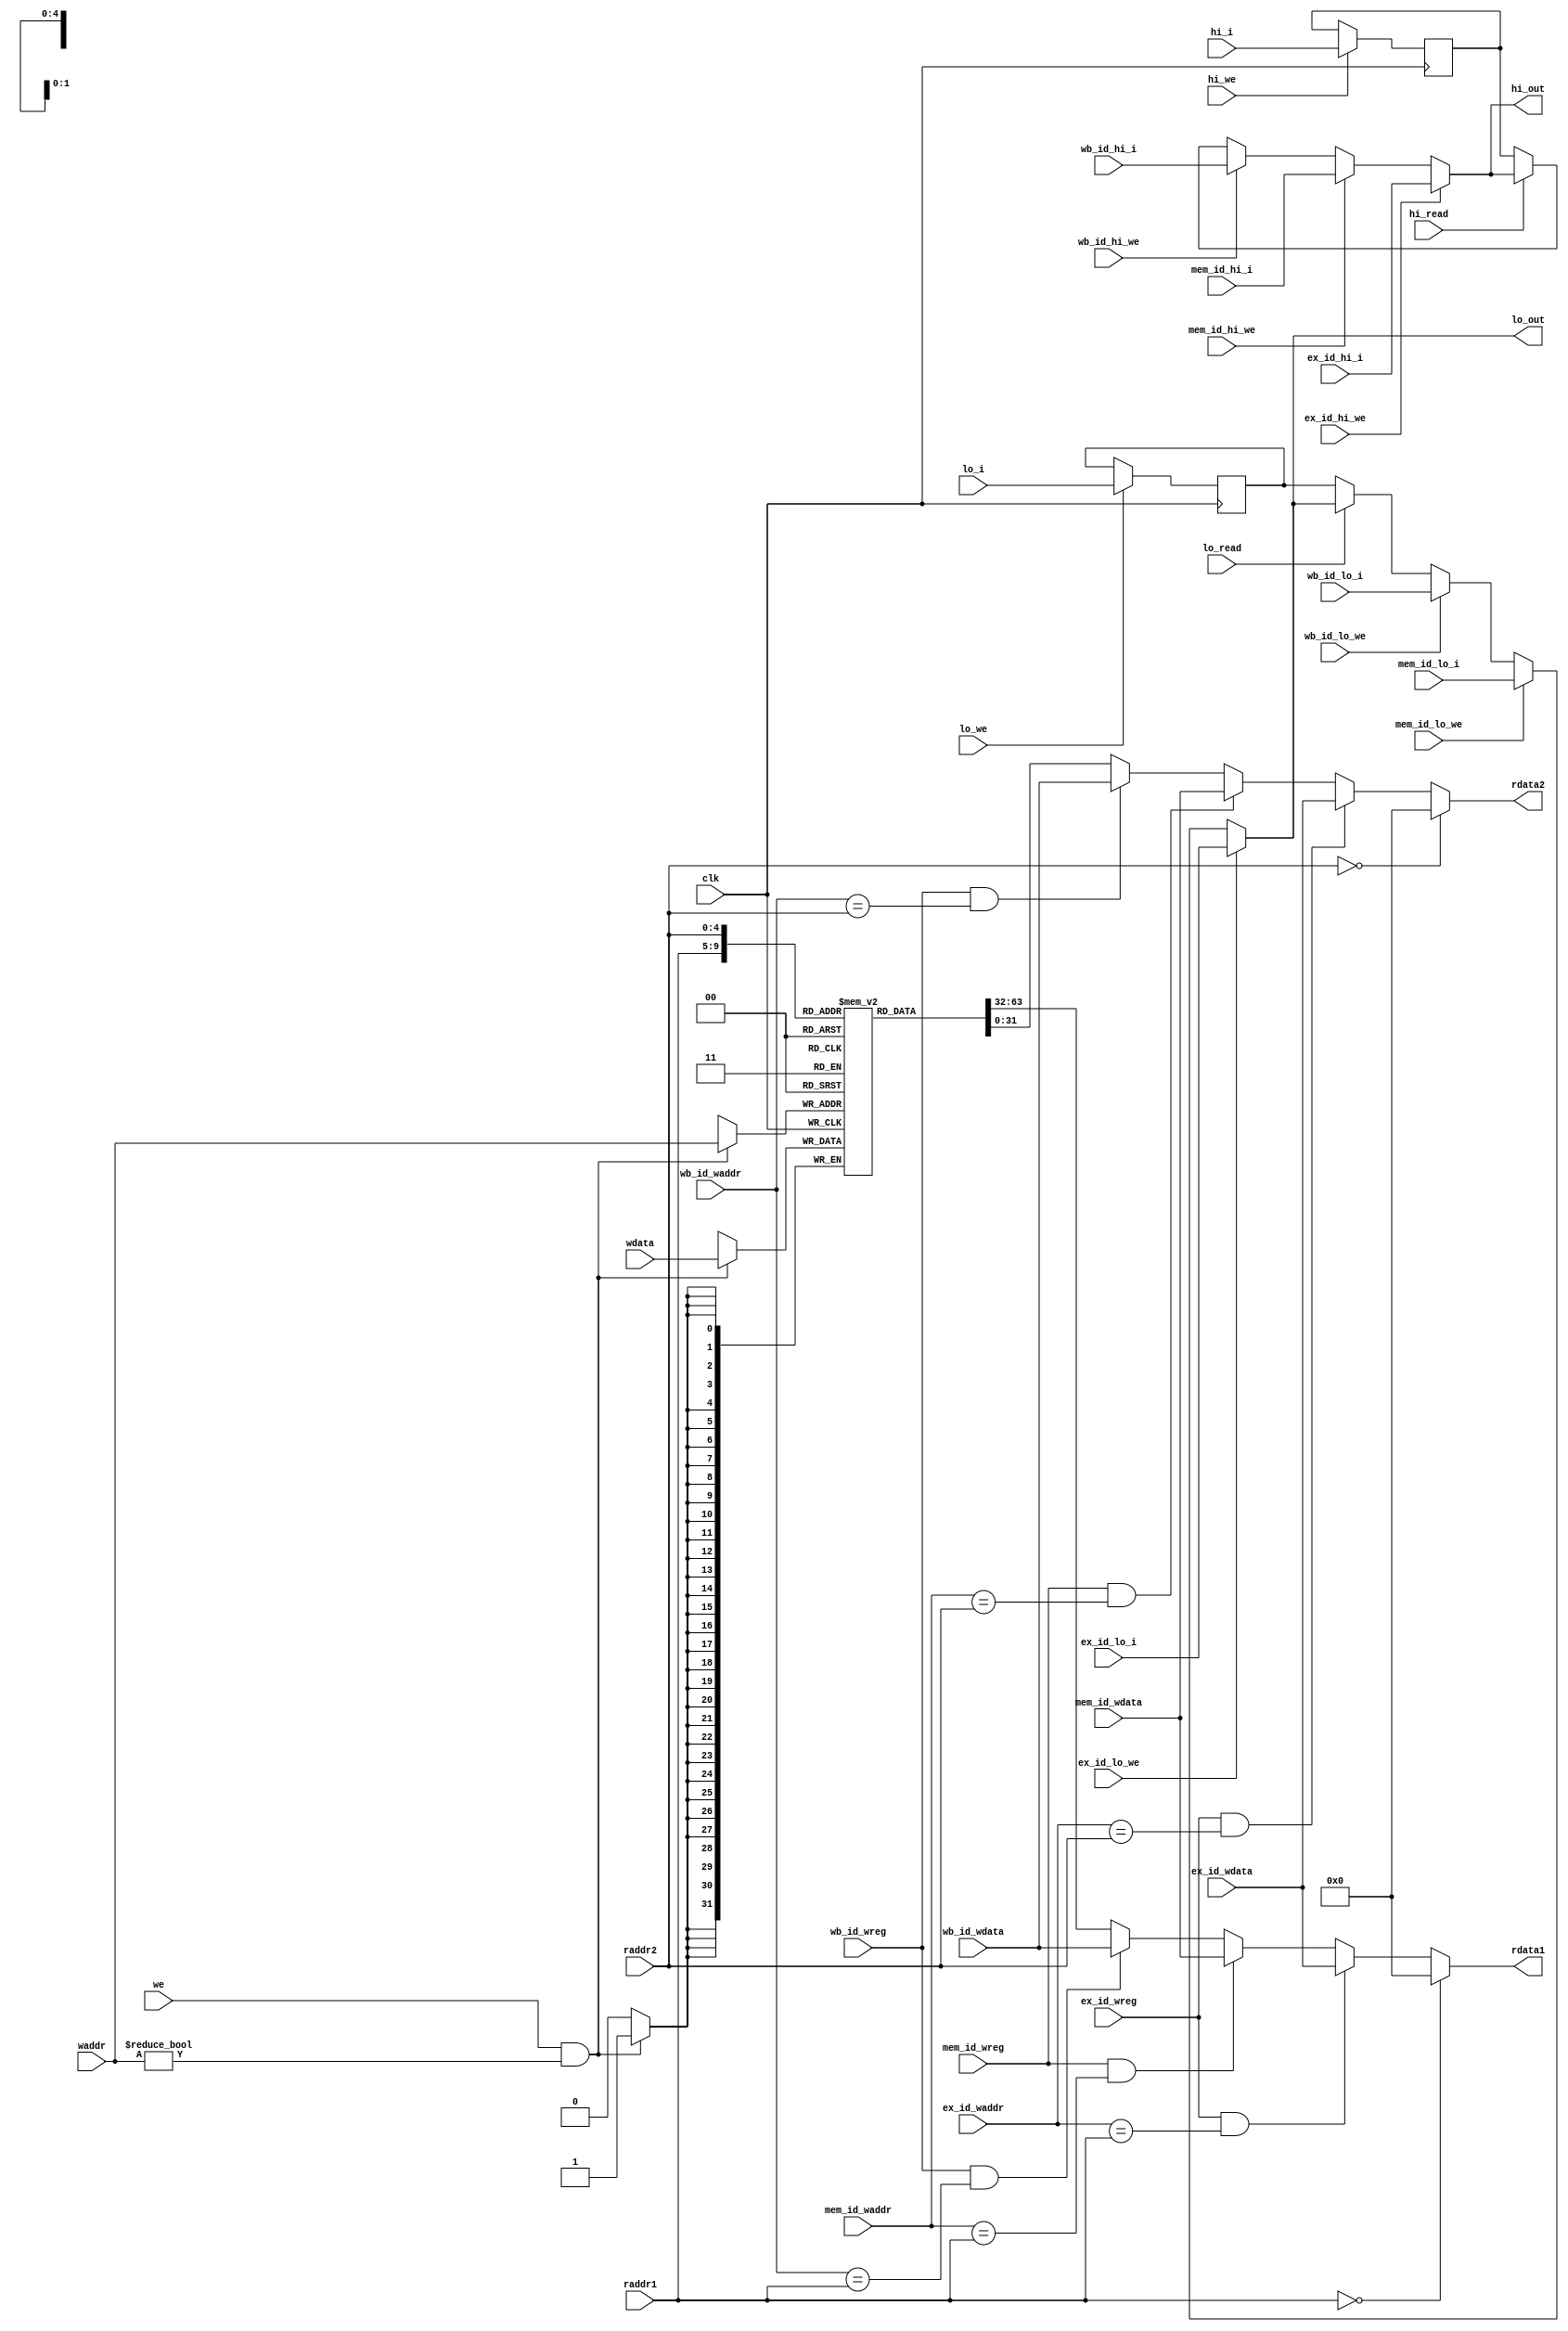
module regfile(
    input wire clk,
    input wire [4:0] raddr1,
    output wire [31:0] rdata1,
    input wire [4:0] raddr2,
    output wire [31:0] rdata2,
    
    input wire we,
    input wire [4:0] waddr,
    input wire [31:0] wdata,
    //
    input wire ex_id_wreg,
    input wire [4:0] ex_id_waddr,
    input wire [31:0] ex_id_wdata,
    
    input wire mem_id_wreg,
    input wire [4:0] mem_id_waddr,
    input wire [31:0] mem_id_wdata,
    
    input wire wb_id_wreg,
    input wire [4:0] wb_id_waddr,
    input wire [31:0] wb_id_wdata,
    
    //LL 
    input wire ex_id_hi_we,           
    input wire ex_id_lo_we,           
    input wire [31:0] ex_id_hi_i,                
    input wire [31:0] ex_id_lo_i,
    input wire mem_id_hi_we,           
    input wire mem_id_lo_we,           
    input wire [31:0] mem_id_hi_i,                
    input wire [31:0] mem_id_lo_i,
    input wire wb_id_hi_we,           
    input wire wb_id_lo_we,           
    input wire [31:0] wb_id_hi_i,                
    input wire [31:0] wb_id_lo_i,
    
     //LL
    input wire hi_we,
    input wire lo_we,
    input wire hi_read,
    input wire lo_read,
    input wire [31:0] hi_i,
    input wire [31:0] lo_i,
    output wire [31:0] hi_out,
    output wire [31:0] lo_out
);
    reg [31:0] reg_array [31:0];//32λĴ
    reg [31:0] reg_hi;//hiĴ  (LL)
    reg [31:0] reg_lo;//loĴ  (LL)
    
    // write
    always @ (posedge clk) begin
        if (we && waddr!=5'b0) begin
            reg_array[waddr] <= wdata;
        end
    end
    
    //LL write
    always @ (posedge clk) begin
        if (hi_we) begin
            reg_hi <= hi_i;
        end  
        if(lo_we) begin
            reg_lo <= lo_i;
        end
    end

    // read out 1
    assign rdata1 = (raddr1 == 5'b0) ? 32'b0 : 
                    ((ex_id_wreg==1'b1)&&(ex_id_waddr==raddr1))?ex_id_wdata:
                    ((mem_id_wreg==1'b1)&&(mem_id_waddr==raddr1))?mem_id_wdata:
                    ((wb_id_wreg==1'b1)&&(wb_id_waddr==raddr1))?wb_id_wdata:reg_array[raddr1];

    // read out2
    assign rdata2 = (raddr2 == 5'b0) ? 32'b0 : 
                    ((ex_id_wreg==1'b1)&&(ex_id_waddr==raddr2))?ex_id_wdata:
                    ((mem_id_wreg==1'b1)&&(mem_id_waddr==raddr2))?mem_id_wdata:
                    ((wb_id_wreg==1'b1)&&(wb_id_waddr==raddr2))?wb_id_wdata:reg_array[raddr2];
     
    //LL read hi_out
    assign hi_out = (ex_id_hi_we) ? ex_id_hi_i:
                    (mem_id_hi_we)? mem_id_hi_i:
                    (wb_id_hi_we) ? wb_id_hi_i:
                    (hi_read) ? hi_out:
                    reg_hi; 
                    
    //LL read lo_out          
    assign lo_out = (ex_id_lo_we) ? ex_id_lo_i:
                    (mem_id_lo_we)? mem_id_lo_i:
                    (wb_id_lo_we) ? wb_id_lo_i:
                    (lo_read) ? lo_out:
                    reg_lo; 
                    
   // LL    
    assign out = (hi_read)?hi_out:
                 (lo_read)?lo_out:
                 32'b0;
endmodule